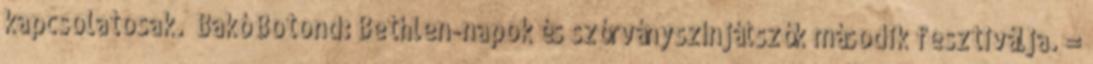
kapcsolatosak. Bakó Botond: Bethlen-napok és szórványszínjátszók második fesztiválja. =